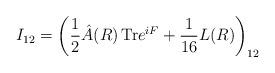
LaTeX: \begin{align*}I_{12} = \left( {1\over2} \hat A (R)\, {\rm Tr} e^{iF} + {1 \over16} L(R) \right)_{12}\end{align*}